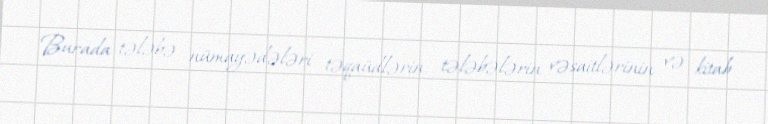
Burada tələbə nümayədələri təqaüdlərin, tələbələrin vəsaitlərinin və kitab